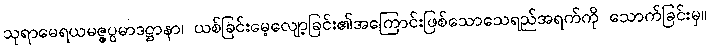
သုရာမေရယမဇ္ဇပ္ပမာဒဋ္ဌာနာ၊ ယစ်ခြင်းမေ့လျော့ခြင်း၏အကြောင်းဖြစ်သောသေရည်အရက်ကို သောက်ခြင်းမှ။